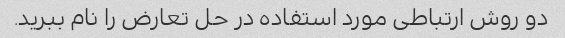
دو روش ارتباطی مورد استفاده در حل تعارض را نام ببرید.